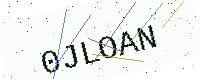
Text: 0JLOAN